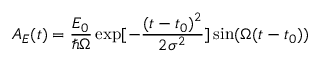
A _ { E } ( t ) = \frac { E _ { 0 } } { \hbar \Omega } \exp [ - \frac { ( t - t _ { 0 } ) ^ { 2 } } { 2 \sigma ^ { 2 } } ] \sin ( \Omega ( t - t _ { 0 } ) )